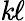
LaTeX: \mathit{k}\ell